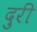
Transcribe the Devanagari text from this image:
दुरीं